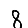
Digit: 8